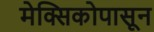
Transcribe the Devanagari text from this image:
मेक्सिकोपासून